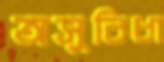
অসুবিধা